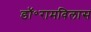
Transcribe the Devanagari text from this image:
डॉ॰रामविलास